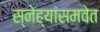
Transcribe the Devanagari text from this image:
स्नेह्यांसमवेत